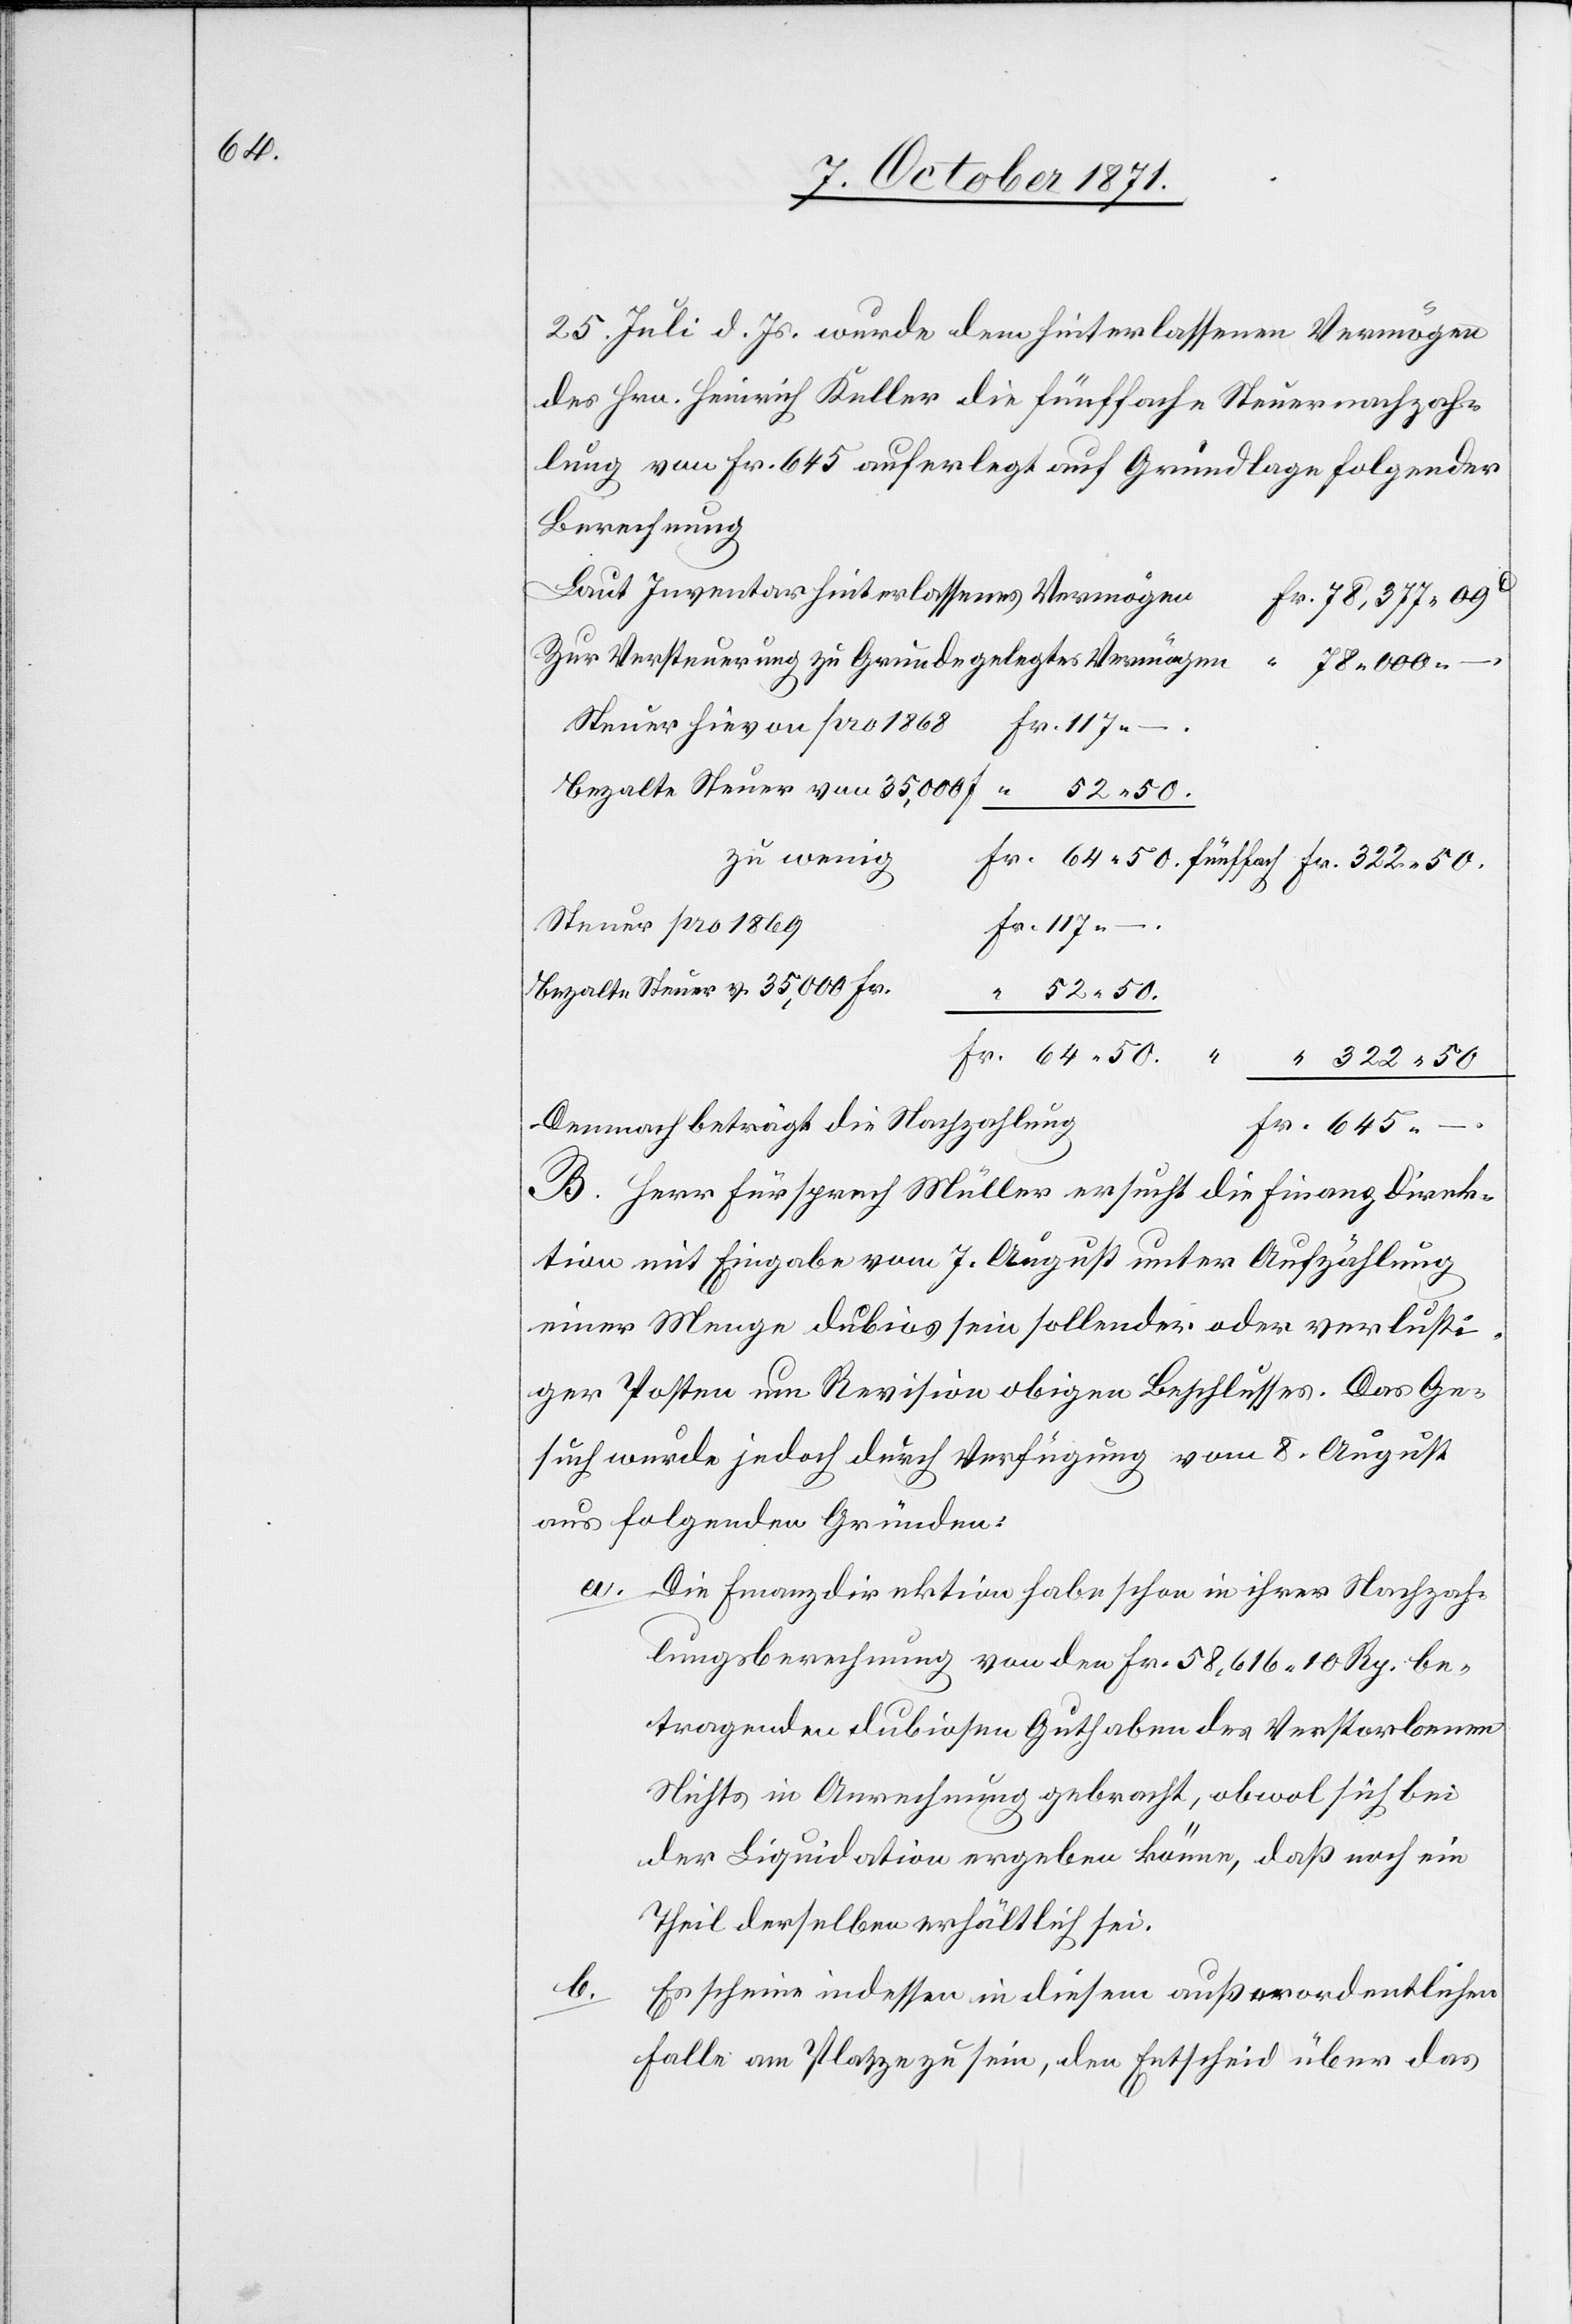
645.

25. Juli d. Js. wurde dem hinterlassenen Vermögen
des Hrn. Heinrich Keller die fünffache Steuernachzah¬
lung von Fr. 645 auferlegt auf Grundlage folgender
Berechnung
Laut Inventar hinterlassenes Vermögen
Zur Versteuerung zu Grunde gelegtes Vermögen
78.000. –.
Steuer hievon pro 1868
Bezalte Steuer von 35,000 Fr.
Steuer pro 1869
Bezalte Steuer v. 35,000 Fr.
Demnach beträgt die Nachzahlung
B. Herr Fürsprech Müller ersucht die Finanzdirek¬
tion mit Eingabe vom 7. August unter Aufzählung
einer Menge dubios sein sollender oder verlusti¬
ger Posten um Revision obigen Beschlusses. Das Ge¬
such wurde jedoch durch Verfügung vom 8. August
aus folgenden Gründen:
a. Die Finanzdirektion habe schon in ihrer Nachzah¬
lungsberechnung von den Fr. 58,616. 10 Rp. be¬
tragenden dubiosen Guthaben des Verstorbenen
Nichts in Anrechnung gebracht, obwol sich bei
der Liquidation ergeben könne, daß noch ein
Theil derselben erhältlich sei.
b.
Es scheine indessen in diesem außerordentlichen
Falle am Platze zu sein, den Entscheid über das